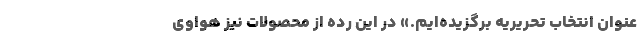
عنوان انتخاب تحریریه برگزیده‌ایم.» در این رده از محصولات نیز هواوی